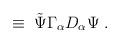
LaTeX: \begin{align*}\;\equiv\; {\tilde \Psi} \Gamma_\alpha D_\alpha \Psi \;.\end{align*}